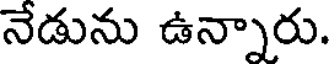
నేడును ఉన్నారు.